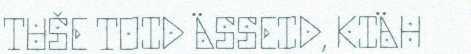
TUŠE TOID ÄSSEID, KIÄH